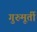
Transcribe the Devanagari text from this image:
गुरुमूर्ती